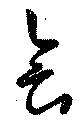
會